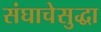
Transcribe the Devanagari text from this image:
संघाचेसुद्धा